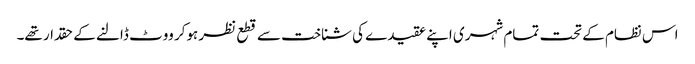
اس نظام کے تحت تمام شہری اپنے عقیدے کی شناخت سے قطع نظر ہوکر ووٹ ڈالنے کے حقدار تھے۔